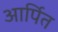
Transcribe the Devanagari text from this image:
आर्पित